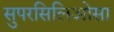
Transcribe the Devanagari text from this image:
सुपरसिलिओसा